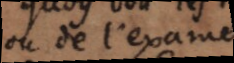
ou de l’examen